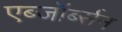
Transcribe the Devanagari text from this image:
एब्जॉर्ब्सन